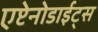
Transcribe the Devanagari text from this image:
एप्टेनोडाईट्स